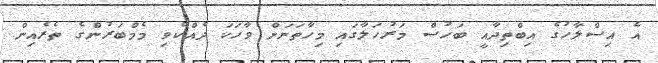
އެ އިސްލާހުގެ އިބްތިދާއީ ބަހުސް މަރުހަލާގައި މިހާތަނަށް ވާހަކަ ދެއްކެވި މެމްބަރުންގެ ތެރެއިން